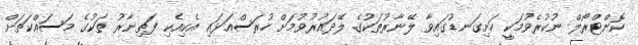
ކޮންޓްރޯލް ނުކުރެވުމަކީ ހަށިގަނޑުގައިވާ ލޭނާރުތަކުގެ ލޭދައުރުވުމަށް ހުރަސްއަޅައި އެކިއެކި ފަތިނާރު ތަކުގެ މަސައްކަތަށް